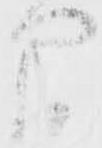
間